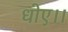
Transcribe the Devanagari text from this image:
धोए।।